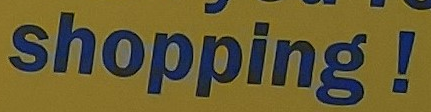
shopping!